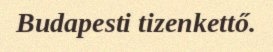
Budapesti tizenkettő.